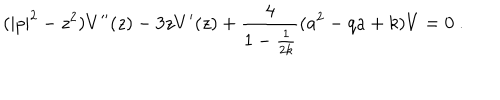
( | p | ^ { 2 } - z ^ { 2 } ) V ^ { \prime \prime } ( z ) - 3 z V ^ { \prime } ( z ) + \frac { 4 } { 1 - \frac { 1 } { 2 k } } ( a ^ { 2 } - q a + k ) V = 0 ~ .